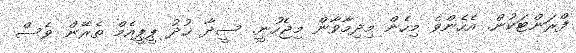
ފްރަންޓަކުން. އެހެންވެ މިހެން މިދިމާވާން މިޖެހުނީ. ސީދާ ޚުދު ޕީޕީއެމް ތެރޭން ވެސް